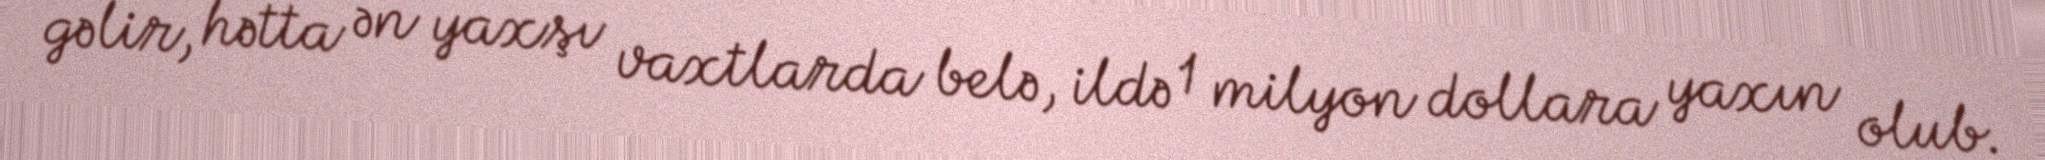
gəlir, hətta ən yaxşı vaxtlarda belə, ildə 1 milyon dollara yaxın olub.